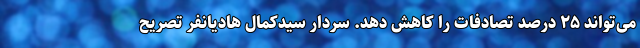
می‌تواند ۲۵ درصد تصادفات را کاهش دهد. سردار سیدکمال هادیانفر تصریح